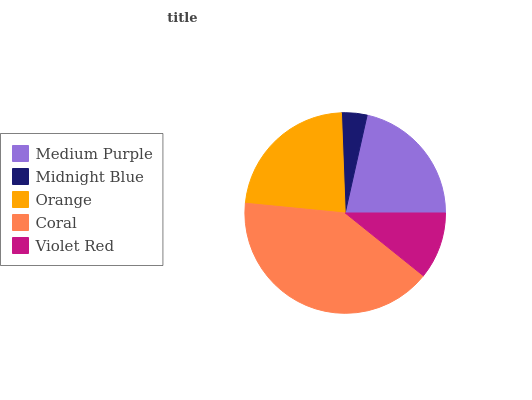
| Medium Purple | Midnight Blue | Orange | Coral | Violet Red |
 | --- | --- | --- | --- | --- |
 | 21.5% | 4.11% | 22.9% | 40.7% | 10.8% |